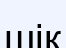
шік